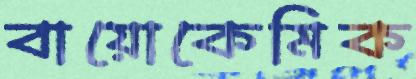
বায়োকেমিক